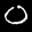
Digit: 0